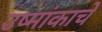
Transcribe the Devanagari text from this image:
उष्मांकाचे